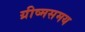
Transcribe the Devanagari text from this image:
ग्रीष्मसमय